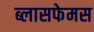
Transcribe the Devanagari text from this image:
ब्लासफेमस